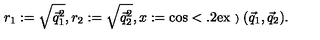
r _ { 1 } : = \sqrt { \vec { q } _ { 1 } ^ { 2 } } , r _ { 2 } : = \sqrt { \vec { q } _ { 2 } ^ { 2 } } , x : = \cos < \mathrm { \raisebox { 0 . 2 e x } { \scriptsize ) } } ( \vec { q } _ { 1 } , \vec { q } _ { 2 } ) .